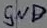
Text: GND